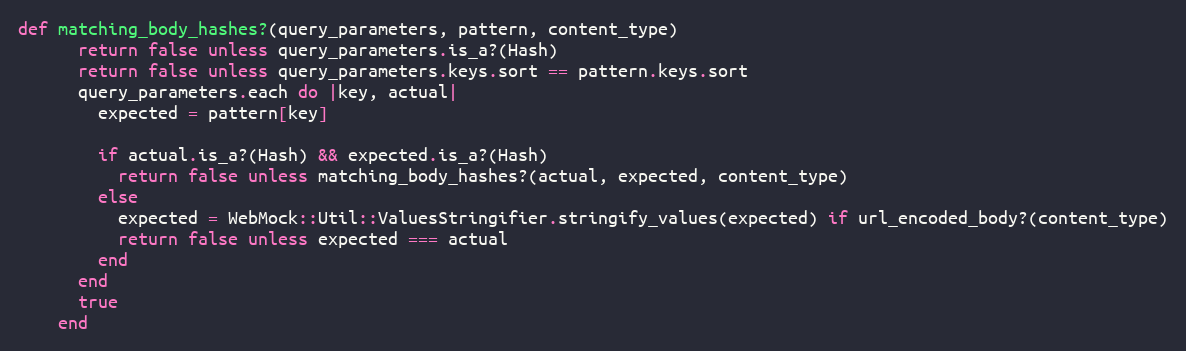
Language: Ruby
def matching_body_hashes?(query_parameters, pattern, content_type)
      return false unless query_parameters.is_a?(Hash)
      return false unless query_parameters.keys.sort == pattern.keys.sort
      query_parameters.each do |key, actual|
        expected = pattern[key]

        if actual.is_a?(Hash) && expected.is_a?(Hash)
          return false unless matching_body_hashes?(actual, expected, content_type)
        else
          expected = WebMock::Util::ValuesStringifier.stringify_values(expected) if url_encoded_body?(content_type)
          return false unless expected === actual
        end
      end
      true
    end